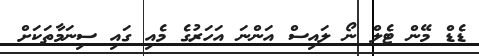
ޑެޑް މޭން ޓެލް ނޯ ލައިސް އަންނަ އަހަރުގެ މެއި ގައި ސިނަމާތަކަށް